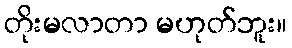
တိုးမလာတာ မဟုတ်ဘူး။